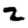
Digit: 2